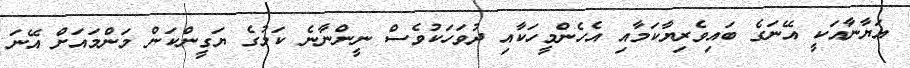
އަޔާނާއަކީ އޭނަގެ ބައިވެރިޔާކަމާއި އެހެންމީހަކާއި ދުވަހަކުވެސް ނީންނާނެ ކަމުގެ ޔަގީންކަން މަންމައަށް އޭނަ